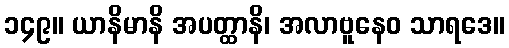
၁၄၉။ ယာနိမာနိ အပတ္ထာနိ၊ အလာဗူနေဝ သာရဒေ။